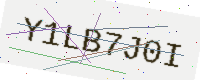
Text: Y1LB7J0I